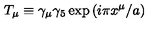
T _ { \mu } \equiv \gamma _ { \mu } \gamma _ { 5 } \exp { ( i \pi x ^ { \mu } / a ) }